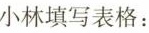
小林填写表格：